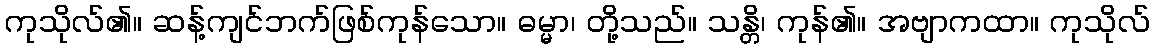
ကုသိုလ်၏။ ဆန့်ကျင်ဘက်ဖြစ်ကုန်သော။ ဓမ္မာ၊ တို့သည်။ သန္တိ၊ ကုန်၏။ အဗျာကထာ။ ကုသိုလ်